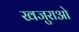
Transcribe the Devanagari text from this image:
खजुराओ